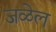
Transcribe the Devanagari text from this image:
जळेल